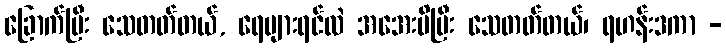
ခြောက်ပြီး သေတတ်တယ်, ရေများရင်လဲ အအေးမိပြီး သေတတ်တယ်၊ ရဟန်းဒကာ -